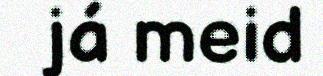
já meid